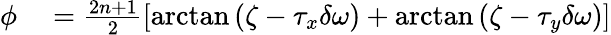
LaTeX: \begin{array}{rl}{\phi}&{{}=\frac{2n+1}{2}\left[\arctan{\left(\zeta-\tau_{x}\delta\omega\right)}+\arctan{\left(\zeta-\tau_{y}\delta\omega\right)}\right]}\end{array}